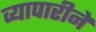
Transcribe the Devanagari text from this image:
व्यापारीने